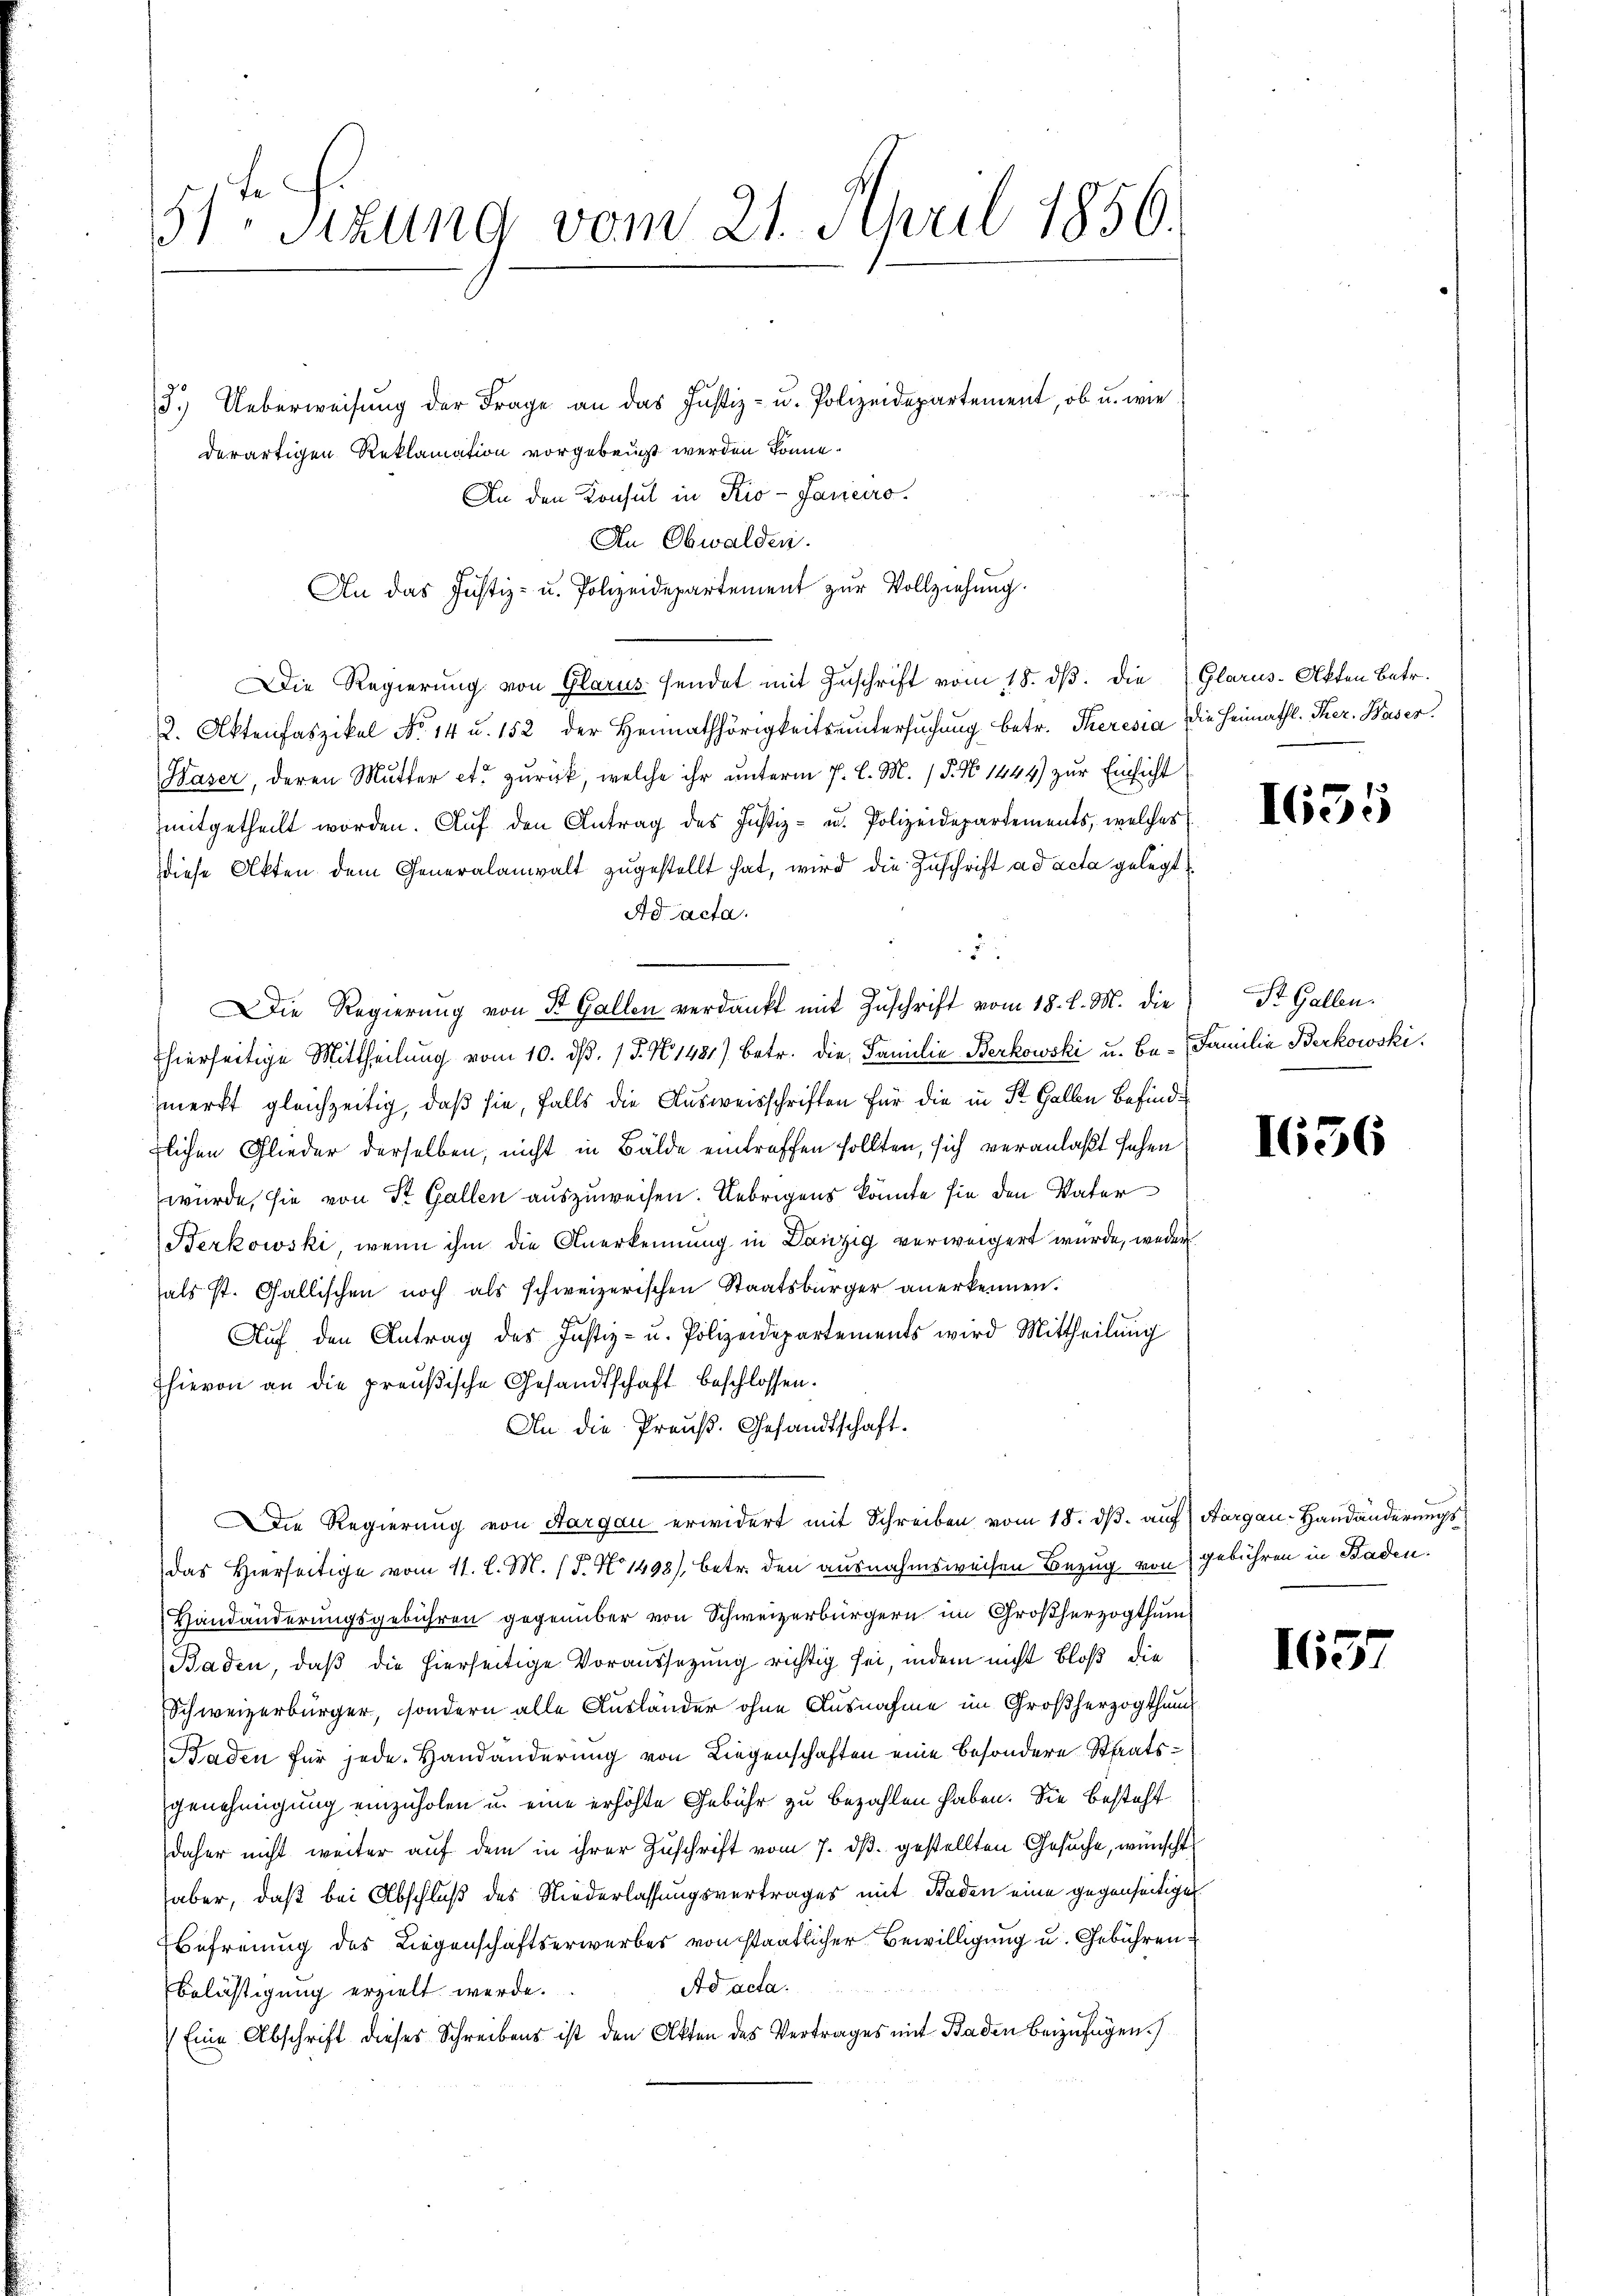
51 Sizung vom 21. April 1856.

3.) Ueberweisung der Frage an das Justiz- u. Polizeidepartement, ob u. wie
derartigen Reklamation vorgebeugt werden könne.
An den Konsul in Kio-Janeiro
An Obwalden.
An das Justiz- u. Polizeidepartement zŭr Vollziehŭng.
Die Regierung von Glarus sendet mit Zuschrift vom 18. dβ. die Glarus-Akten Betr.
2. Aktenfaszikel No 14 u. 152 der Heimathörigkeits ŭntersŭchŭng betr. Theresia die Heimathl. Ther. Waser
Waser, deren Mutter etc. zurück, welche ihr unterm 7. d. M. (§. No 1444) zur Einsicht
mitgetheilt worden. Aŭf den Antrag des Justiz- u. Polizeidepartements, welches
diese Akten dem Generalanwalt zugestellt hat, wird die Zuschrift ad acta gelegt
Ad acta.
5.
Die Regierŭng von St. Gallen verdankt mit Zŭschrift vom 18. d. M. die St. Gallen.
hierseitige Mittheilung vom 10. dβ. 15. No. 1481) betr. die Familie Berkowski u. Be- Familia Berkowski.
merkt gleichzeitig, daß sie, falls die Ausweisschriften für die in St. Gallen Befindlichen Glieder derselben, nicht in Bälde eintreffen sollten, sich veranlaßt sehen,
würde, sie von St. Gallen auszuweisen. Uebrigens könnte sie den Vater
Berkowski, wenn ihm die Anerkennung in Danzig verweigert wurde, weder
als st. Gallischen noch als schweizerischen Staatsbürger anerkennen.
Auf den Antrag des Justiz- u. Polizeidepartements wird Mittheilung
hievon an die preußische Gesandtschaft beschlossen.
An die Preuß. Gesandtschaft.
Die Regierung von Aargau erwidert mit Schreiben vom 18. dβ. auf Aargau-Handänderungs
das Hierseitige vom 11. l. M. (T. No 1493), betr. den ausnahmsweisen Bezug von gebühren in Baden.
Handänderungsgebühren gegenüber von Schweizerbürgern im Großherzogthum
Baden, daß die hierseitige Voraussetzung richtig sei, indem nicht bloß die
Schweizerbürger, sondern alle Ausländer ohne Ausnahme im Großherzogthum
aden für jede Handänderung von Liegenschaften eine besondere Staatsgenehmigung einzuholen u. eine erhöhte Gebühr zu bezahlen haben. Sie besteht
daher nicht weiter auf dem in ihrer Zuschrift vom 7. ds. gestellten Gesuche, wünscht
haber, daß bei Abschluß des Niederlassungsvertrages mit Baden eine gegenseitigen
Befreiung des Liegenschaftserwerbes von staatlicher Bewilligung u. Gebühren
Ad acta.
Belichtigung erzielt werde.
Eine Abschrift dieses Schreibens ist den Akten des Vertrages mit Baden beizufügen.)

1655

1656

1657